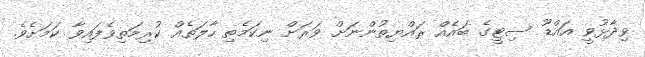
ވިދާޅުވީ އައްޑޫ ސިޓީގެ ބައެއް ރައްޔިތުންނަށް ވަރަށް ނިކަމެތި ހާލަތެއް ކުރިމަތިވެފައިވާ ކަމަށެވެ.